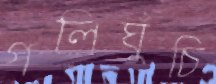
গলিঘুঁচি